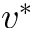
v ^ { \ast }